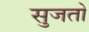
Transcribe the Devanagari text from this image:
सुजतो